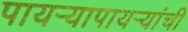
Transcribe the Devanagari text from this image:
पायऱ्यापायऱ्यांची